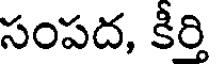
సంపద, కీర్తి